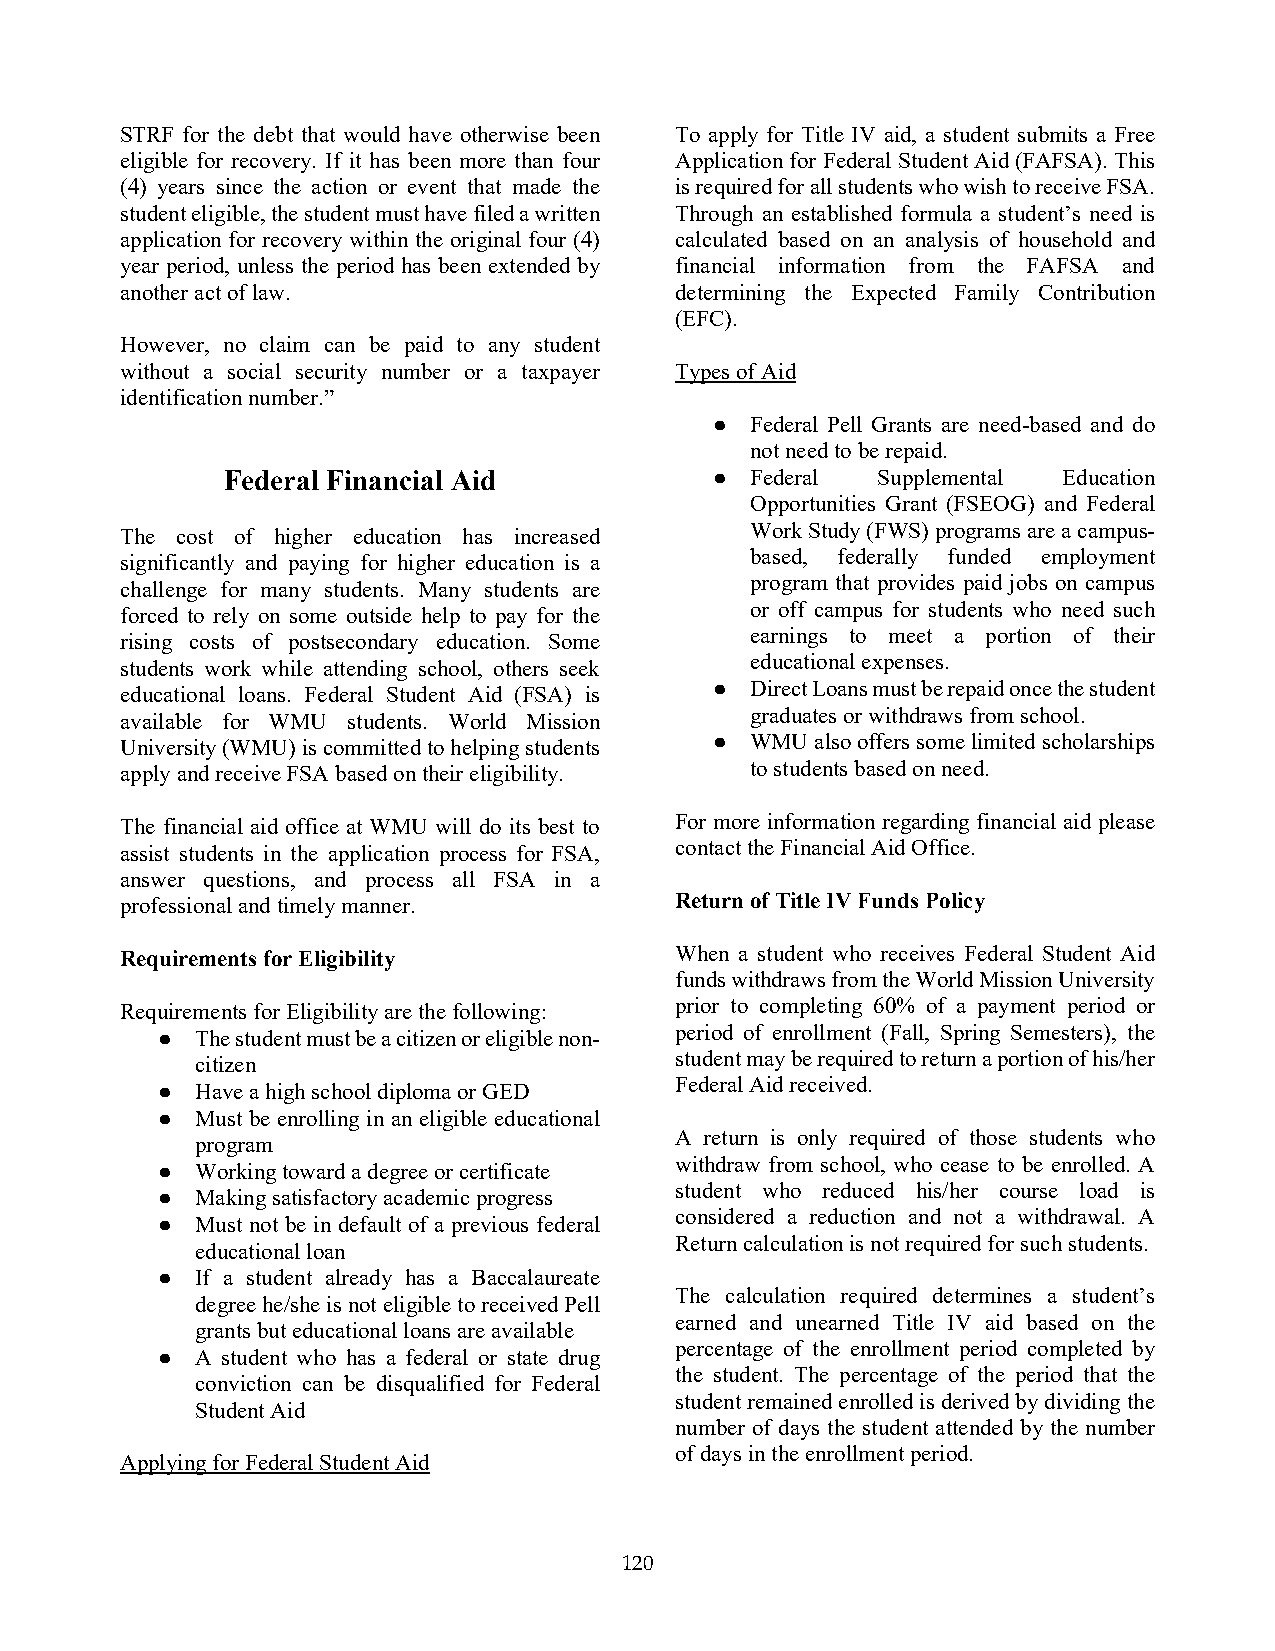
STRF for the debt that would have otherwise been To apply for Title IV aid, a student submits a Free
 eligible for recovery. If it has been more than four Application for Federal Student Aid (FAFSA). This
 (4) years since the action or event that made the is required for all students who wish to receive FSA.
 student eligible, the student must have filed a written Through an established formula a student’s need is
 application for recovery within the original four (4) calculated based on an analysis of household and
 year period, unless the period has been extended by financial information from the FAFSA and
 another act of law.                  determining the Expected Family Contribution
 (EFC).
 However, no claim can be paid to any student
 without a social security number or a taxpayer Types of Aid
 identification number.”
 ●  Federal Pell Grants are need-based and do
 not need to be repaid.
 Federal Financial Aid           ●  Federal Supplemental Education
 Opportunities Grant (FSEOG) and Federal
 Work Study (FWS) programs are a campus-
 The cost of higher education has increased
 significantly and paying for higher education is a based, federally funded employment
 program that provides paid jobs on campus
 challenge for many students. Many students are
 or off campus for students who need such
 forced to rely on some outside help to pay for the
 rising costs of postsecondary education. Some earnings to meet a portion of their
 educational expenses.
 students work while attending school, others seek
 educational loans. Federal Student Aid (FSA) is ● Direct Loans must be repaid once the student
 available for WMU students. World Mission graduates or withdraws from school.
 University (WMU) is committed to helping students ● WMU also offers some limited scholarships
 apply and receive FSA based on their eligibility. to students based on need.
 The financial aid office at WMU will do its best to For more information regarding financial aid please
 assist students in the application process for FSA, contact the Financial Aid Office.
 answer questions, and process all FSA in a
 professional and timely manner.      Return of Title IV Funds Policy
 Requirements for Eligibility         When a student who receives Federal Student Aid
 funds withdraws from the World Mission University
 Requirements for Eligibility are the following: prior to completing 60% of a payment period or
 ●  The student must be a citizen or eligible non- period of enrollment (Fall, Spring Semesters), the
 citizen                         student may be required to return a portion of his/her
 Federal Aid received.
 ●  Have a high school diploma or GED
 ●  Must be enrolling in an eligible educational
 A return is only required of those students who
 program
 withdraw from school, who cease to be enrolled. A
 ●  Working toward a degree or certificate
 student who reduced his/her course load is
 ●  Making satisfactory academic progress
 considered a reduction and not a withdrawal. A
 ●  Must not be in default of a previous federal
 Return calculation is not required for such students.
 educational loan
 ●  If a student already has a Baccalaureate
 The calculation required determines a student’s
 degree he/she is not eligible to received Pell
 earned and unearned Title IV aid based on the
 grants but educational loans are available
 percentage of the enrollment period completed by
 ●  A student who has a federal or state drug
 the student. The percentage of the period that the
 conviction can be disqualified for Federal
 student remained enrolled is derived by dividing the
 Student Aid
 number of days the student attended by the number
 of days in the enrollment period.
 Applying for Federal Student Aid
 120